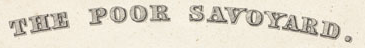
THE POOR SAVOYARD.